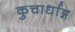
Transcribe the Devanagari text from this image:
कुचार्धाङ्ग